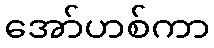
အော်ဟစ်ကာ